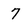
Character: 7